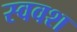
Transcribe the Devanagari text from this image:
स्ववश